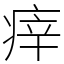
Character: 㾕